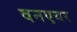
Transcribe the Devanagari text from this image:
वनएयर